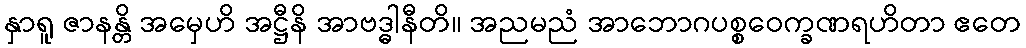
နှာရူ ဇာနန္တိ အမှေဟိ အဋ္ဌီနိ အာဗဒ္ဓါနီတိ။ အညမညံ အာဘောဂပစ္စဝေက္ခဏရဟိတာ ဧတေ